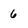
Character: 6